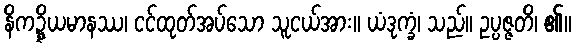
နိကဍ္ဍ္ဎိယမာနဿ၊ ငင်ထုတ်အပ်သော သူငယ်အား။ ယံဒုက္ခံ၊ သည်။ ဥပ္ပဇ္ဇတိ၊ ၏။